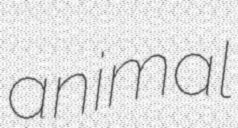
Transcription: animal